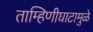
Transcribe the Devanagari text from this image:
ताम्हिणीघाटामुळे